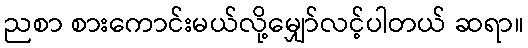
ညစာ စားကောင်းမယ်လို့မျှော်လင့်ပါတယ် ဆရာ။